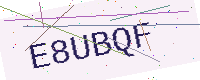
Text: E8UBQF